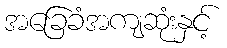
အခြေခံအကျဆုံးနှင့်